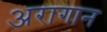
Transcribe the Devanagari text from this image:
अरागान